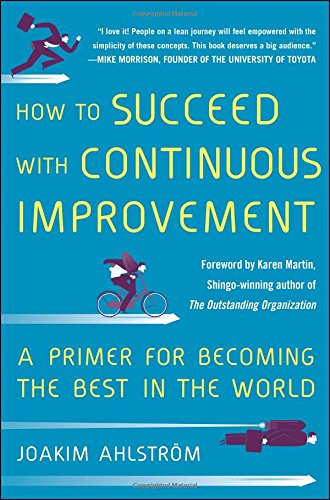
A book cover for How to Succeed with Continuous Improvement: A Primer for Becoming the Best in the World; Joakim Ahlstrom; Business & Money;